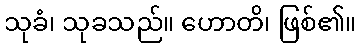
သုခံ၊ သုခသည်။ ဟောတိ၊ ဖြစ်၏။